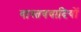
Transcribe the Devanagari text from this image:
वास्तववादियों